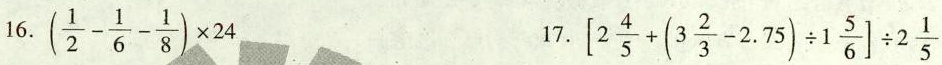
16. $$(\frac{1}{2}- \frac{1}{6}- \frac{1}{8})\times 24$$ 17. $$\left[2 \frac{4}{5}+(3 \frac{2}{3}-2.75)\div 1 \frac{5}{6}\right] \div 2 \frac{1}{5}$$